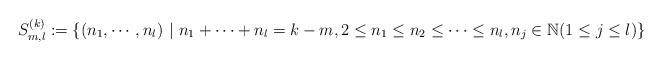
LaTeX: \begin{align*}S_{m,l}^{(k)}:=\{(n_1, \cdots, n_l) ~|~ n_1+\cdots+n_l=k-m, 2\leq n_1\leq n_2\leq \cdots\leq n_l, n_j\in\mathbb{N} (1\leq j\leq l) \}\end{align*}